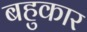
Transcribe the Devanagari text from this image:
बहुकार